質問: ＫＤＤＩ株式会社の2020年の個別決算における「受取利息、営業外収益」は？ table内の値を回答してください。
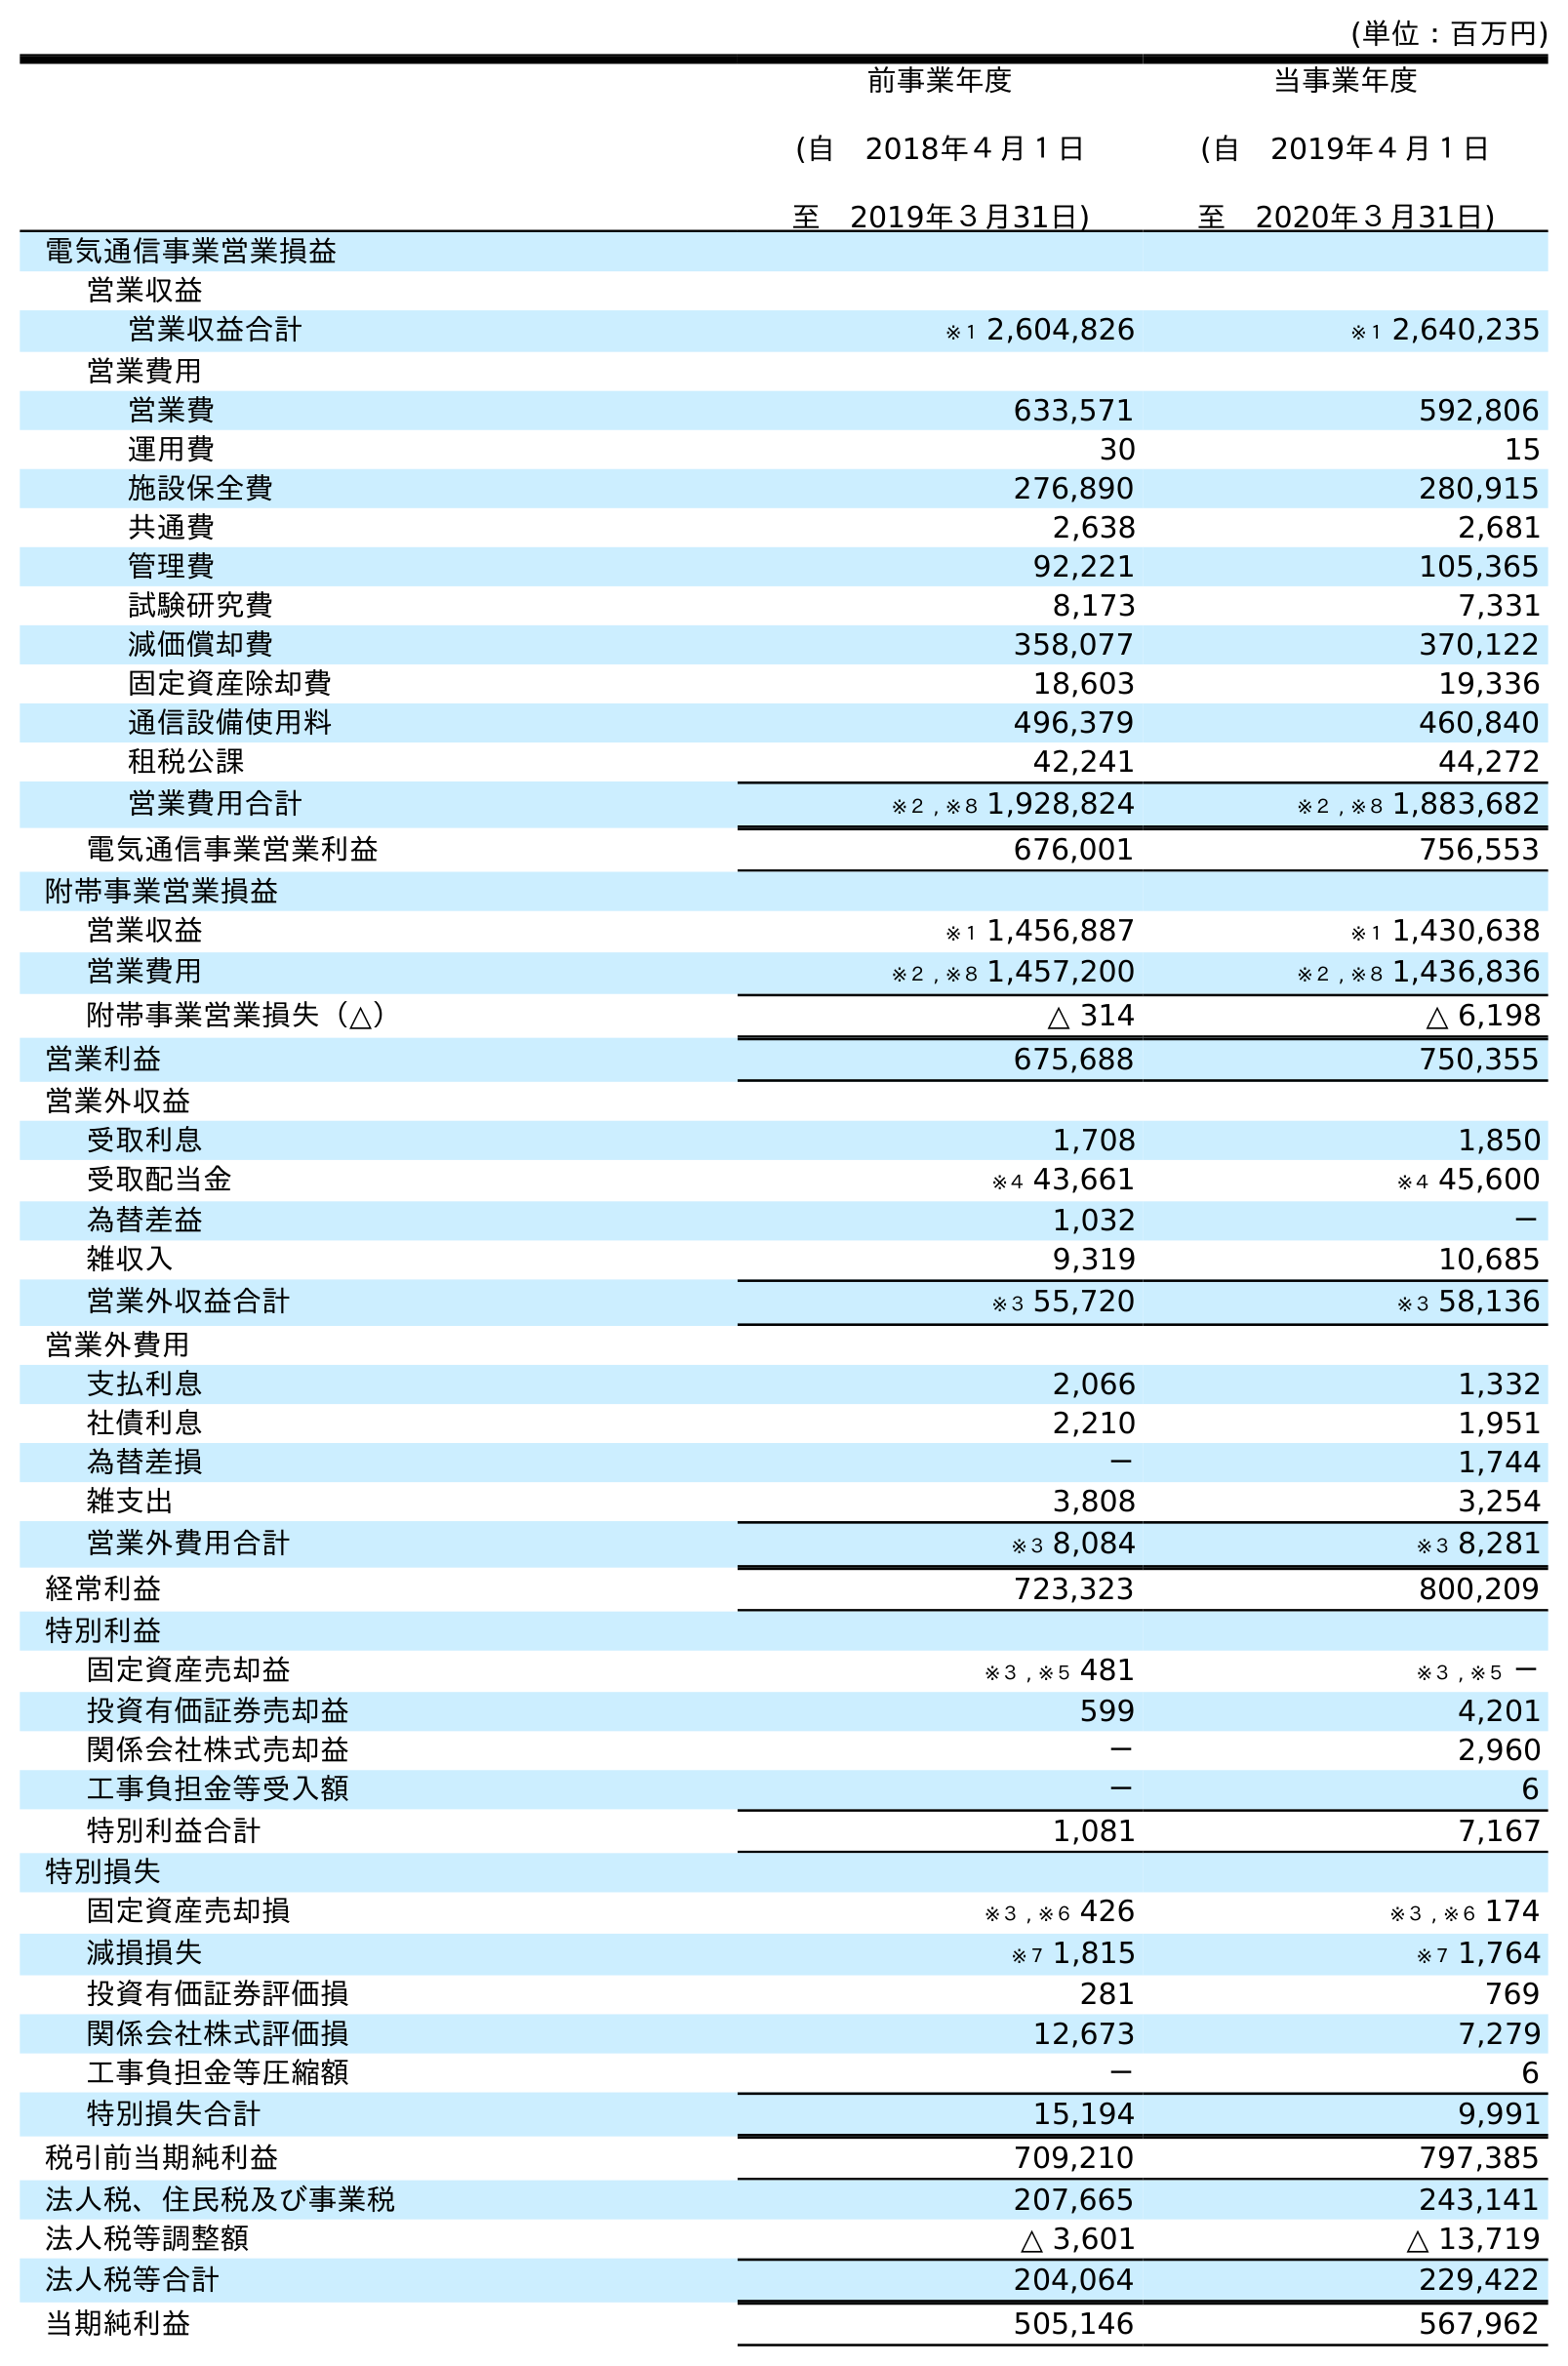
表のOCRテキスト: (単位：百万円) 前事業年度 (自 2018年４月１日 至 2019年３月31日) 当事業年度 (自 2019年４月１日 至 2020年３月31日) 電気通信事業営業損益 営業収益 営業収益合計 ※１ 2,604,826 ※１ 2,640,235 営業費用 営業費 633,571 592,806 運用費 30 15 施設保全費 276,890 280,915 共通費 2,638 2,681 管理費 92,221 105,365 試験研究費 8,173 7,331 減価償却費 358,077 370,122 固定資産除却費 18,603 19,336 通信設備使用料 496,379 460,840 租税公課 42,241 44,272 営業費用合計 ※２ , ※８ 1,928,824 ※２ , ※８ 1,883,682 電気通信事業営業利益 676,001 756,553 附帯事業営業損益 営業収益 ※１ 1,456,887 ※１ 1,430,638 営業費用 ※２ , ※８ 1,457,200 ※２ , ※８ 1,436,836 附帯事業営業損失（△） △ 314 △ 6,198 営業利益 675,688 750,355 営業外収益 受取利息 1,708 1,850 受取配当金 ※４ 43,661 ※４ 45,600 為替差益 1,032 － 雑収入 9,319 10,685 営業外収益合計 ※３ 55,720 ※３ 58,136 営業外費用 支払利息 2,066 1,332 社債利息 2,210 1,951 為替差損 － 1,744 雑支出 3,808 3,254 営業外費用合計 ※３ 8,084 ※３ 8,281 経常利益 723,323 800,209 特別利益 固定資産売却益 ※３ , ※５ 481 ※３ , ※５ － 投資有価証券売却益 599 4,201 関係会社株式売却益 － 2,960 工事負担金等受入額 － 6 特別利益合計 1,081 7,167 特別損失 固定資産売却損 ※３ , ※６ 426 ※３ , ※６ 174 減損損失 ※７ 1,815 ※７ 1,764 投資有価証券評価損 281 769 関係会社株式評価損 12,673 7,279 工事負担金等圧縮額 － 6 特別損失合計 15,194 9,991 税引前当期純利益 709,210 797,385 法人税、住民税及び事業税 207,665 243,141 法人税等調整額 △ 3,601 △ 13,719 法人税等合計 204,064 229,422 当期純利益 505,146 567,962
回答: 1,850